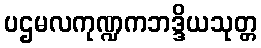
ပဌမလကုဏ္ဍကဘဒ္ဒိယသုတ္တ